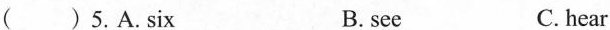
( ) 5.A.six B. see C. hear